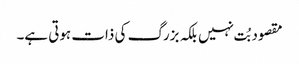
مقصود بُت نہیں بلکہ بزرگ کی ذات ہوتی ہے۔